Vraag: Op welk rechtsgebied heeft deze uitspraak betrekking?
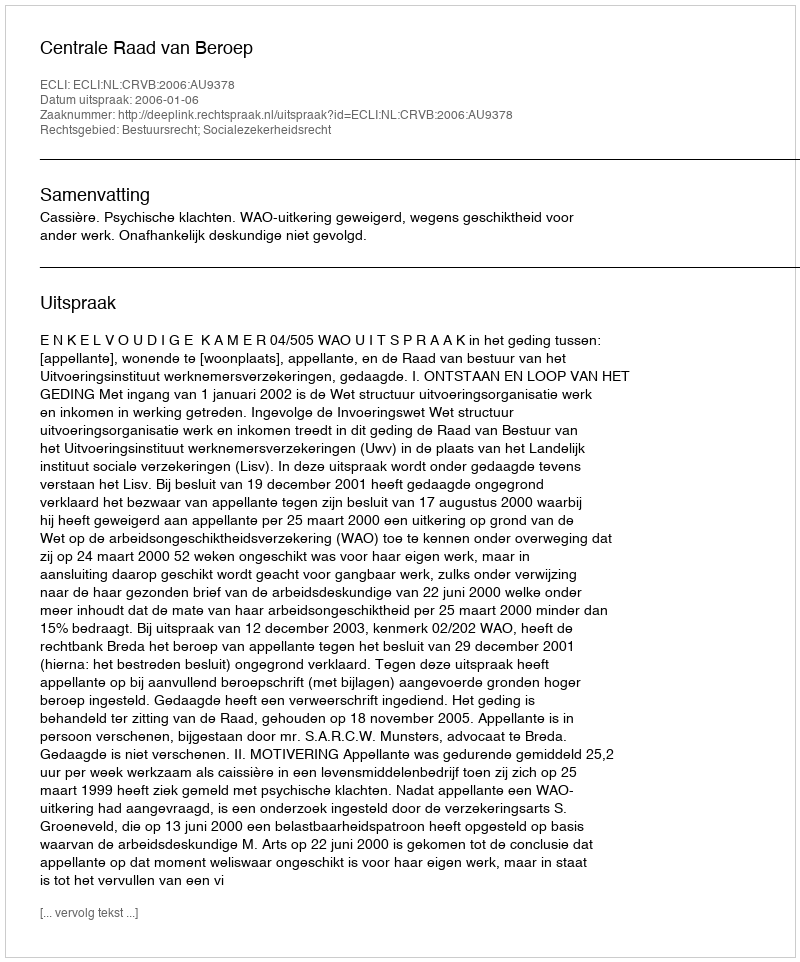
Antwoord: Bestuursrecht; Socialezekerheidsrecht